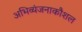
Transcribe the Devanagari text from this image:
अभिव्यंजनाकौशल